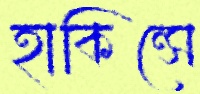
হাকিন্সে